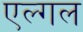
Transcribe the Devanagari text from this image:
एल्गल